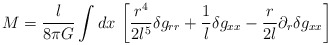
\begin{align*}M = \frac{l}{8\pi G} \int dx \, \left[ \frac{r^4}{2l^5} \delta g_{rr}+ \frac{1}{l} \delta g_{xx} - \frac{r}{2l} \partial_r \delta g_{xx}\right]\end{align*}